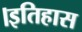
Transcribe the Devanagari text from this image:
।इतिहास